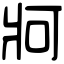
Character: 牁